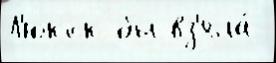
Л'юкок бы вз'яла́